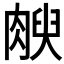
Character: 𰮻